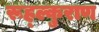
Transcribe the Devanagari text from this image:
रूह्ल्कुराण